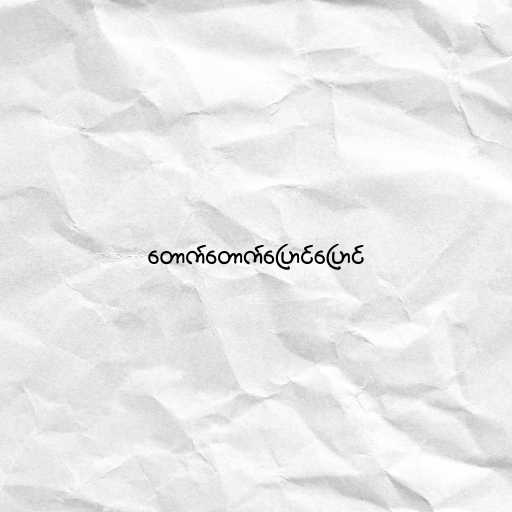
တောက်တောက်ပြောင်ပြောင်